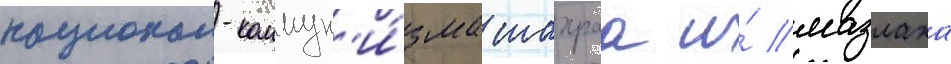
национал-коммун'и́зма шахраа и́ мазлаха